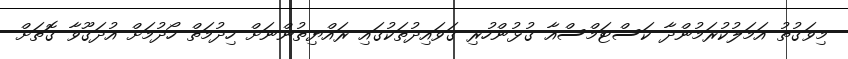
މިވަގުތު އަމަލުކުރަމުންދާ ކަސްޓަމްސްއާ ގުޅުންހުރި ގަވައިދުތަކުގައި ރައްޔިތުންނަށް ހިދުމަތް ހޯދުމަށް އުދަގޫވާ ގޮތަށް